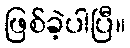
ဖြစ်ခဲ့ပါပြီ။